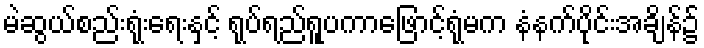
မဲဆွယ်စည်းရုံးရေးနှင့် ရုပ်ရည်ရူပကာဖြောင့်ရုံမက နံနက်ပိုင်းအချိန်၌